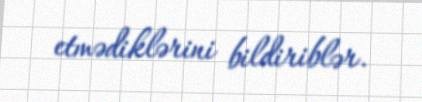
etmədiklərini bildiriblər.